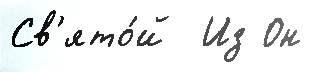
Св'ято́й  Из Он